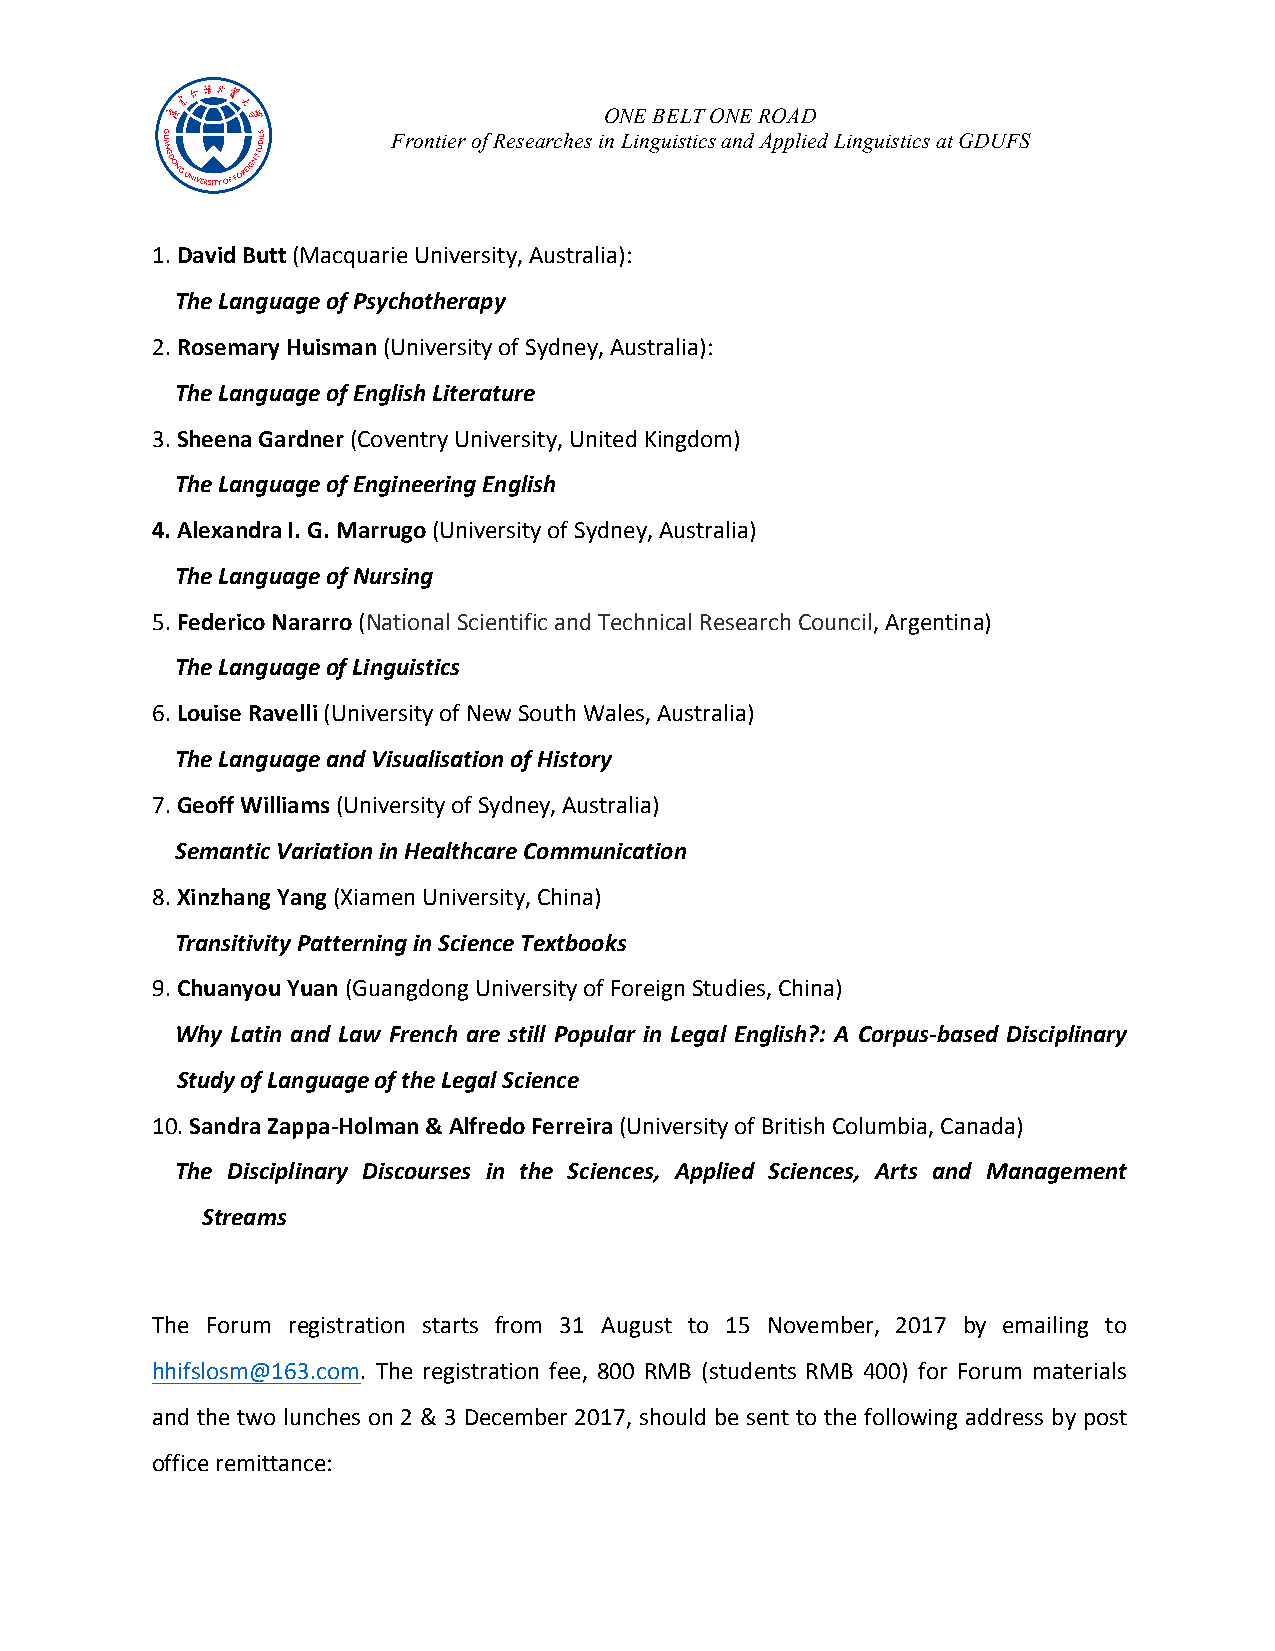
ONE BELT ONE ROAD
 Frontier of Researches in Linguistics and Applied Linguistics at GDUFS
 1. David Butt (Macquarie University, Australia):
 The Language of Psychotherapy
 2. Rosemary Huisman (University of Sydney, Australia):
 The Language of English Literature
 3. Sheena Gardner (Coventry University, United Kingdom)
 The Language of Engineering English
 4. Alexandra I. G. Marrugo (University of Sydney, Australia)
 The Language of Nursing
 5. Federico Nararro (National Scientific and Technical Research Council, Argentina)
 The Language of Linguistics
 6. Louise Ravelli (University of New South Wales, Australia)
 The Language and Visualisation of History
 7. Geoff Williams (University of Sydney, Australia)
 Semantic Variation in Healthcare Communication
 8. Xinzhang Yang (Xiamen University, China)
 Transitivity Patterning in Science Textbooks
 9. Chuanyou Yuan (Guangdong University of Foreign Studies, China)
 Why Latin and Law French are still Popular in Legal English?: A Corpus-based Disciplinary
 Study of Language of the Legal Science
 10. Sandra Zappa-Holman & Alfredo Ferreira (University of British Columbia, Canada)
 The Disciplinary Discourses in the Sciences, Applied Sciences, Arts and Management
 Streams
 The Forum registration starts from 31 August to 15 November, 2017 by emailing to
 hhifslosm@163.com. The registration fee, 800 RMB (students RMB 400) for Forum materials
 and the two lunches on 2 & 3 December 2017, should be sent to the following address by post
 office remittance: